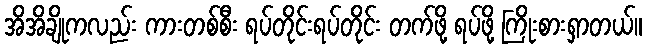
အိအိချိုကလည်း ကားတစ်စီး ရပ်တိုင်းရပ်တိုင်း တက်ဖို့ ရပ်ဖို့ ကြိုးစားရှာတယ်။